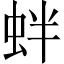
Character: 𧉻